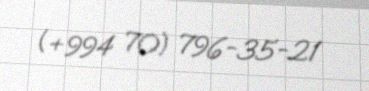
(+994 70) 796-35-21